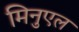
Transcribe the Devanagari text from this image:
मिनुएल